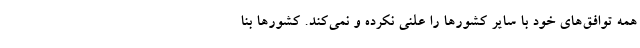
همه توافق‌های خود با سایر کشورها را علنی نکرده و نمی‌کند. کشورها بنا